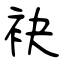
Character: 袂